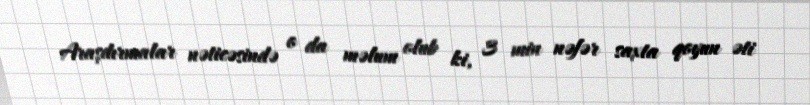
Araşdırmalar nəticəsində o da məlum olub ki, 3 min nəfər saxta qoyun əti